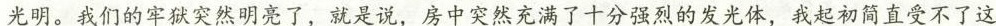
光明。我们的牢狱突然明亮了，就是说，房中突然充满了十分强烈的发光体，我起初简直受不了这